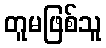
တူမဖြစ်သူ